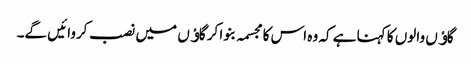
گاﺅں والوں کا کہنا ہے کہ وہ اس کا مجسمہ بنوا کر گاﺅں میں نصب کروائیں گے۔